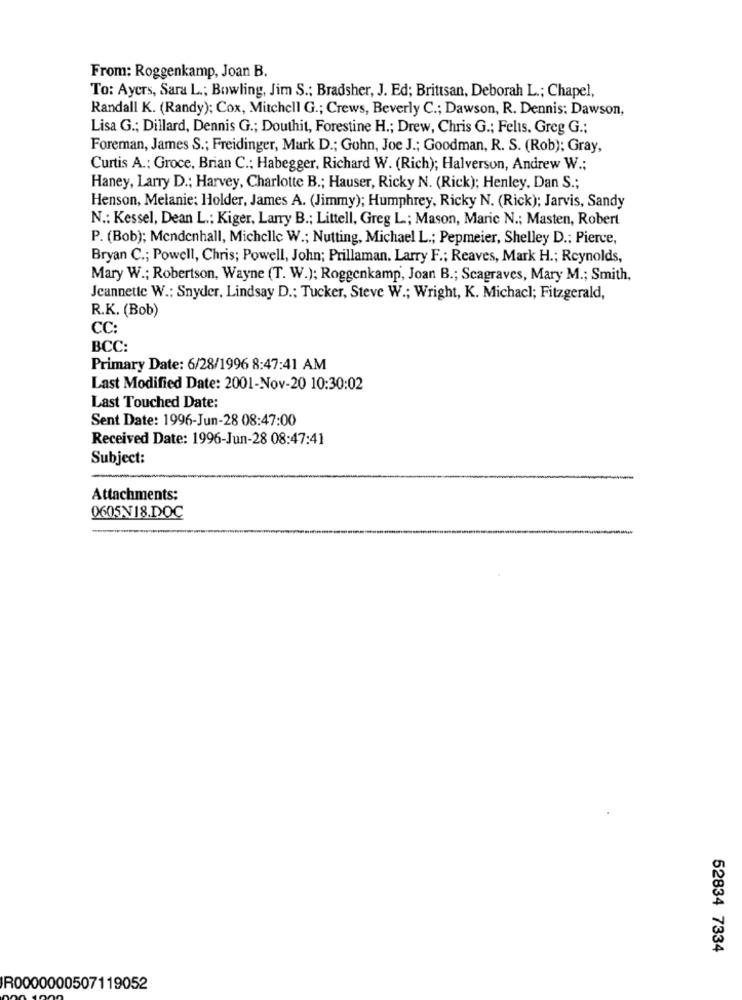
From: Roggenkamp, Joan B.
To: Ayers, Sara L .; Bowling, Jim S .; Bradsher, J. Ed; Brittsan, Deborah L .; Chapel,
Randall K. (Randy); Cox, Mitchell G .; Crews, Beverly C .; Dawson, R. Dennis; Dawson,
Lisa G .; Dillard, Dennis G .; Douthit, Forestine H .; Drew, Chris G .; Felis. Greg G .;
Foreman, James S .; Freidinger, Mark D .; Guhn, Joe J .; Goodman, R. S. (Rob); Gray,
Curtis A .: Groce, Brian C .: Habegger, Richard W. (Rich); Halverson, Andrew W .;
Haney, Larry D .; Harvey, Charlotte B .; Hauser, Ricky N. (Rick); Henley, Dan S .;
Henson, Melanie; Holder, James A. (Jimmy); Humphrey, Ricky N. (Rick); Jarvis, Sandy
N .: Kessel, Dean L .; Kiger, Larry B .; Littell, Greg L .; Mason, Maric N .; Masten, Robert
P. (Bob); Mendenhall, Michelle W .; Nutting, Michael L .; Pepmeier, Shelley D .; Pierce,
Bryan C .; Powell, Chris; Powell, John; Prillaman. Larry F .; Reaves, Mark H .; Reynolds,
Mary W .; Robertson, Wayne (T. W.); Roggenkamp, Joan B .; Scagraves, Mary M .; Smith,
Jeannette W .: Snyder, Lindsay D .; Tucker, Steve W .; Wright, K. Michacl; Fitzgerald,
R.K. (Bob)
CC:
BCC:
Primary Date: 6/28/1996 8:47:41 AM
Last Modified Date: 2001-Nov-20 10:30:02
Last Touched Date:
Sent Date: 1996-Jun-28 08:47:00
Received Date: 1996-Jun-28 08:47:41
Subject:
Attachments:
0605N18.DOC
52834 7334
R0000000507119052